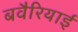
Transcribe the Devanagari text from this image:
बवैरियाई